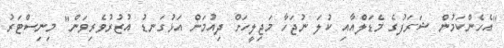
"އެހެންކަމުން ޝަރަފުގެ މެޑަލްއާއި ކުލަ ނުޖަހާ މަޖިލީހަށް ދިއުމަށް އަޅުގަނޑު އުޒުރުވެރިވަން" މިނިސްޓަރު